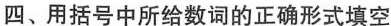
四、用括号中所给数词的正确形式填空